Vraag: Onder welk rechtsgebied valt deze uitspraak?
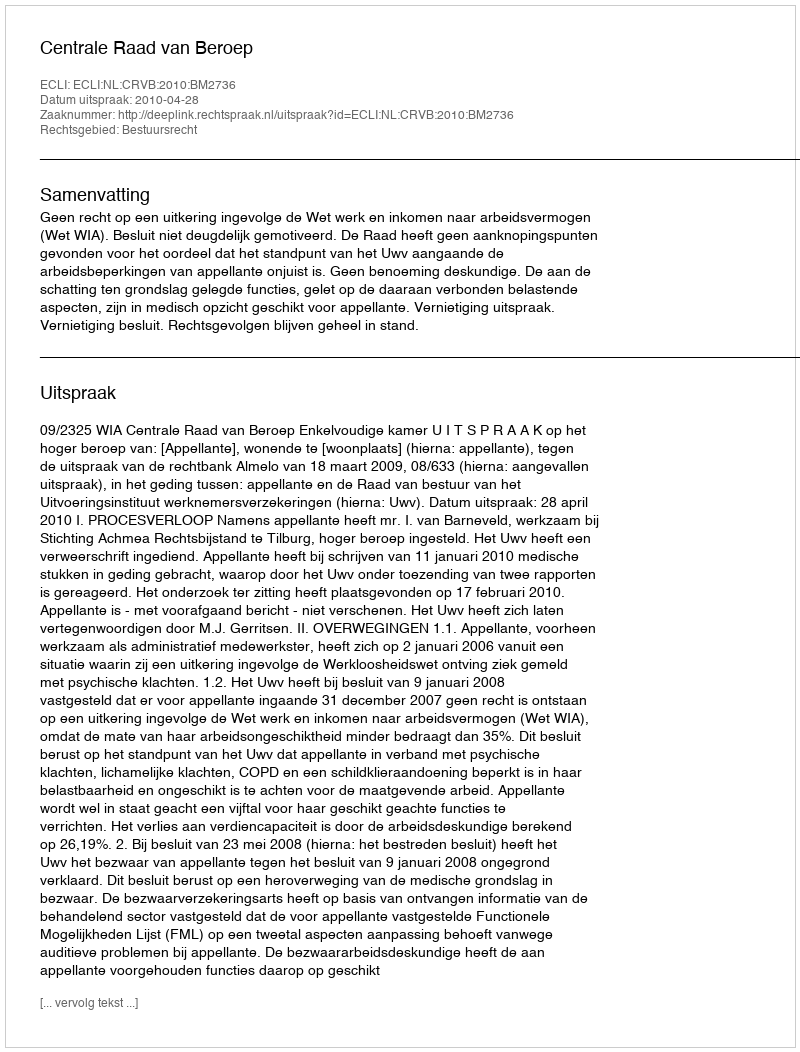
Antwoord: Bestuursrecht